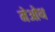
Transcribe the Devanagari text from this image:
मेओथ